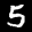
Label: 5